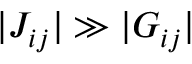
| J _ { i j } | \gg | G _ { i j } |